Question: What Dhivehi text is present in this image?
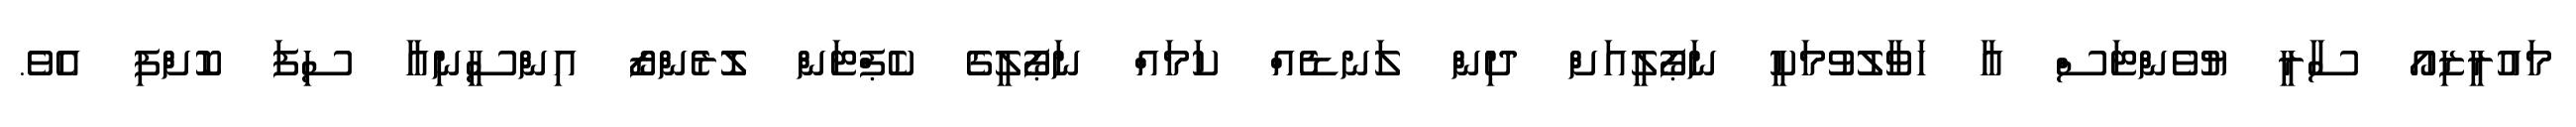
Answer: މައުރީޒިއޯ ސާރީ ޔުވެންޓަސް އާ ހަވާލުވުމަކީ ނަޕޯލީއަށް ދިން ލަނޑެއް ކަމައް ނަޕޯލީގެ ކެޕްޓަން ލޮރެންޒޯ އިންސީނިއާ ސިފަ ކޮށްފި އެވެ.